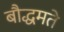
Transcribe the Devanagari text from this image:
बौद्धमते